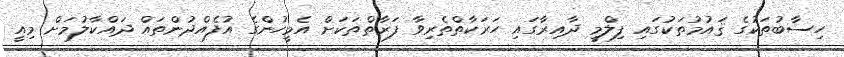
ހިސާބުތަކުގެ ޤައުމުތަކުގައި ފިލްމީ ދާއިރާގައި ހަރަކާތްތެރިވާ ފަރާތްތަކަށް އެމީހުންގެ އުފެއްދުންތައް ދައްކާލުމަށް މިއީ